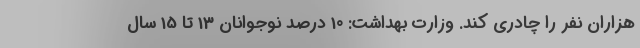
هزاران نفر را چادری کند. وزارت بهداشت: 10 درصد نوجوانان 13 تا 15 سال